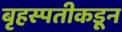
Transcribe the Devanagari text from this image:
बृहस्पतीकडून